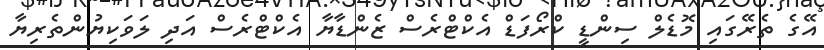
އޭގެ ތެރޭގައި މޮޑެލް ސިންޑީ ކްރޯފަޑް އެކްޓްރެސް ޒެންޑާޔާ އެކްޓްރެސް އަދި ލަވަކިޔުންތެރިޔާ